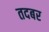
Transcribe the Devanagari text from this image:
तदबर